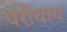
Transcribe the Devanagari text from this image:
परीयाय